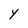
Character: Y